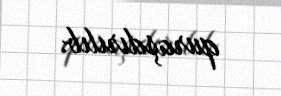
quraşdırılıb.